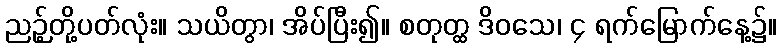
ညဉ့်တို့ပတ်လုံး။ သယိတွာ၊ အိပ်ပြီး၍။ စတုတ္ထ ဒိဝသေ၊ ၄ ရက်မြောက်နေ့၌။